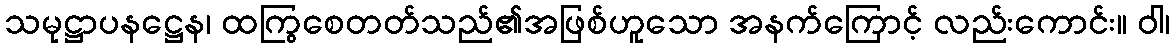
သမုဋ္ဌာပနဋ္ဌေန၊ ထကြွစေတတ်သည်၏အဖြစ်ဟူသော အနက်ကြောင့် လည်းကောင်း။ ဝါ၊